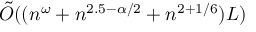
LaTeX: { \tilde { O } } ( ( n ^ { \omega } + n ^ { 2 . 5 - \alpha / 2 } + n ^ { 2 + 1 / 6 } ) L )